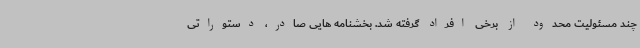
چند مسئولیت محدود از برخی افراد گرفته شد. بخشنامه هایی صادر، دستوراتی